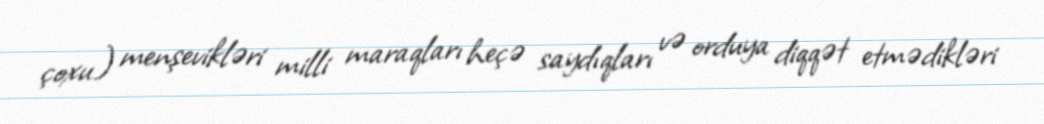
çoxu) menşevikləri milli maraqları heçə saydıqları və orduya diqqət etmədikləri